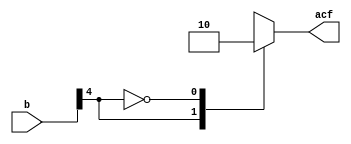
`timescale 1ns/1ps
module a_carry(acf,b);
output acf;
reg acf;
input [8:0] b;
parameter one=1;
parameter zero=0;
always@(b)
case(b[4])
one:acf=1;
zero:acf=0;
endcase
endmodule